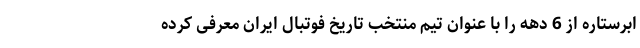
ابرستاره از 6 دهه را با عنوان تیم منتخب تاریخ فوتبال ایران معرفی کرده